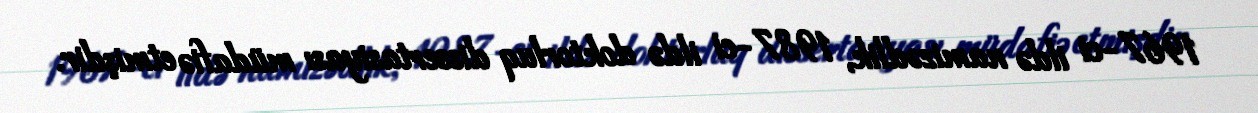
1967-ci ildə namizədlik, 1987-ci ildə doktorluq dissertasiyası müdafiə etmişdir.